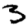
Digit: 3